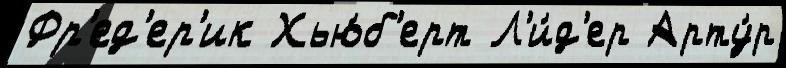
Фр'ед'ер'ик Хью́б'ерт Л'и́д'ер Арту́р